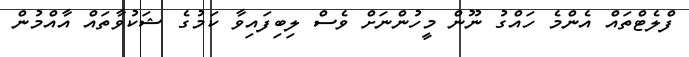
ފްލެޓްތައް އެންމެ ހައްގު ނޫން މީހުންނަށް ވެސް ލިބިފައިވާ ކަމުގެ ޝަކުވާތައް އާއްމުން